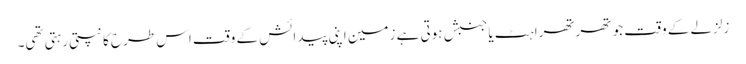
زلزلے کے وقت جو تھرتھراہٹ یاجنبش ہوتی ہے زمین اپنی پیدائش کے وقت اس طرح کانپتی رہتی تھی۔